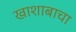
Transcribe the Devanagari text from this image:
खाशाबाचा